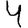
Digit: 4